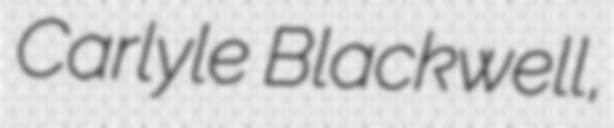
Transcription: Carlyle Blackwell,